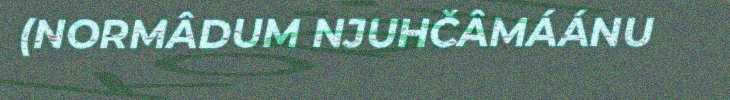
(NORMÂDUM NJUHČÂMÁÁNU